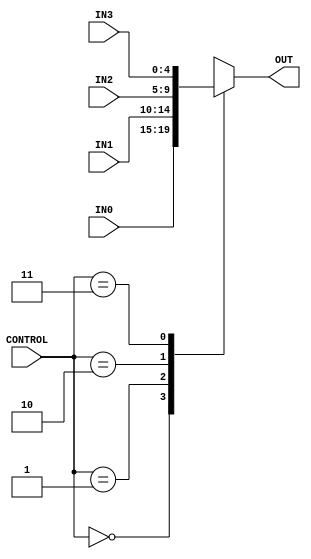
`timescale 1ns / 1ps
//////////////////////////////////////////////////////////////////////////////////
// Company: 
// Engineer: 
// 
// Design Name: 
// Module Name: Multiplexer_4way
// Project Name: 
// Target Devices: 
// Tool Versions: 
// Description: 
// 
// Dependencies: 
// 
// Revision:
// Revision 0.01 - File Created
// Additional Comments:
// 
//////////////////////////////////////////////////////////////////////////////////

module Multiplexer_4way(
    input [1:0] CONTROL,
    input [4:0] IN0,
    input [4:0] IN1,
    input [4:0] IN2,
    input [4:0] IN3,
    output reg [4:0] OUT
    );
    
    always@(    CONTROL or
                IN0     or
                IN1     or
                IN2     or
                IN3
                )
        begin
            case(CONTROL)
                2'b00       : OUT <= IN0; 
                2'b01       : OUT <= IN1;
                2'b10       : OUT <= IN2;
                2'b11       : OUT <= IN3;
                default : OUT <= 5'b00000;
            endcase
        end            
                
endmodule